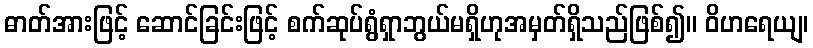
ဓာတ်အားဖြင့် ဆောင်ခြင်းဖြင့် စက်ဆုပ်ရွံရှာဘွယ်မရှိဟုအမှတ်ရှိသည်ဖြစ်၍။ ဝိဟရေယျ၊